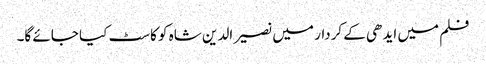
فلم میں ایدھی کے کردار میں نصیر الدین شاہ کو کاسٹ کیا جائے گا۔